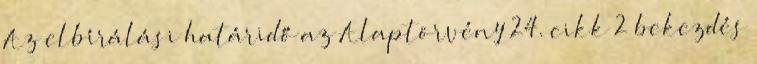
Az elbírálási határidő az Alaptörvény 24. cikk 2 bekezdés